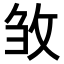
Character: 𭣦